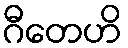
ဂီတေဟိ